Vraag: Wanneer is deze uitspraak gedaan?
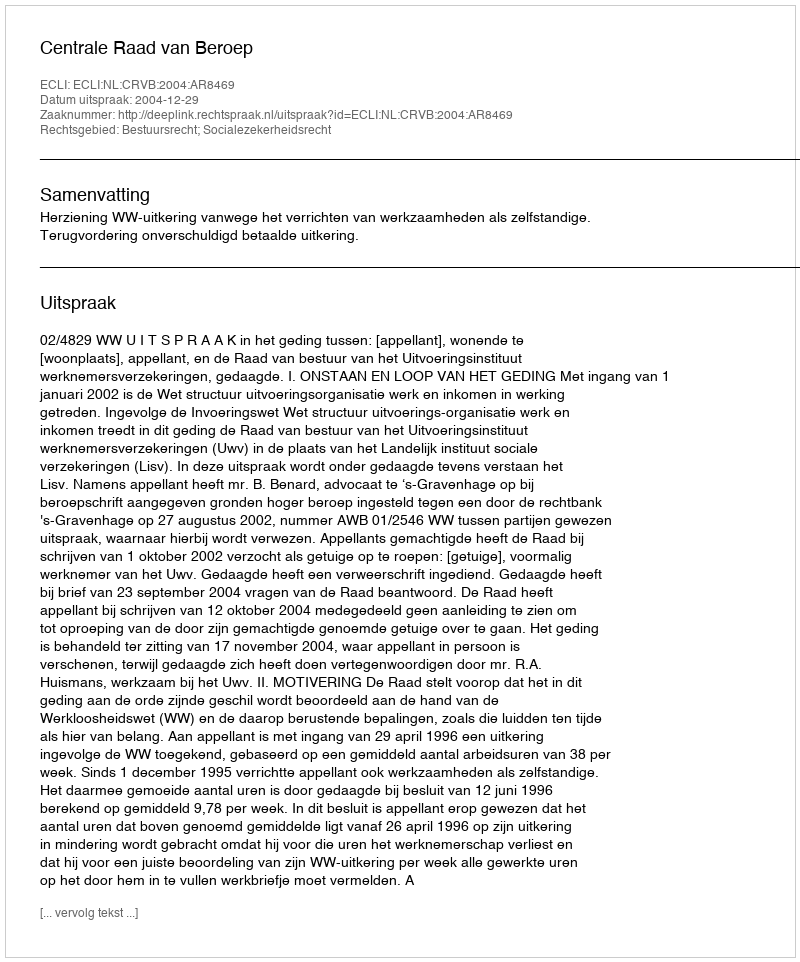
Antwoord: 2004-12-29